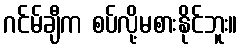
ဂင်မ်ချီက စပ်လို့မစားနိုင်ဘူး။